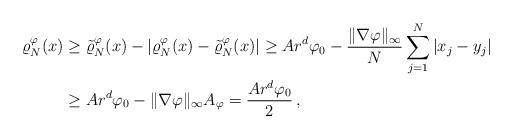
LaTeX: \begin{align*}\varrho_N^\varphi(x) & \ge \tilde \varrho_N^\varphi(x) - |\varrho_N^\varphi(x) - \tilde \varrho_N^\varphi(x)| \ge Ar^d\varphi_0 - \frac{\|\nabla\varphi\|_\infty}N \sum_{j=1}^N |x_j-y_j|\\ & \ge Ar^d\varphi_0 - \|\nabla\varphi\|_\infty A_\varphi = \frac{Ar^d\varphi_0}2\,,\end{align*}